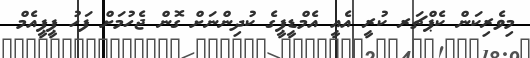
މިވެރިކަން ކެޕްޗަރ ކުރީ އެއީ އެމްޑީޕީގެ ކުދިންނަށް ގޮން ޖެހުމަށް ފަހު ޕީޕީއެމް